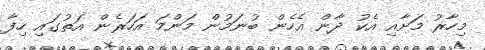
މިހާރު މަށާއި އެކު ދާން އެހެން ބުނަމުން މަންމަ އަހަރެން އަތުގައި ހިފާ